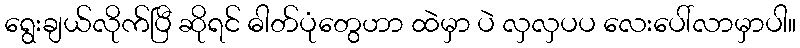
ရွေးချယ်လိုက်ပြီ ဆိုရင် ဓါတ်ပုံတွေဟာ ထဲမှာ ပဲ လှလှပပ လေးပေါ်လာမှာပါ။